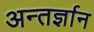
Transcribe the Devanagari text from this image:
अन्तर्ज्ञान